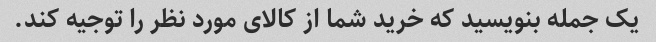
یک جمله بنویسید که خرید شما از کالای مورد نظر را توجیه کند.